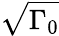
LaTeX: \sqrt{\Gamma_{0}}